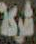
شاركة